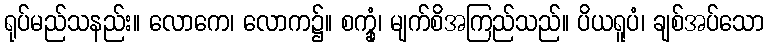
ရုပ်မည်သနည်း။ လောကေ၊ လောက၌။ စက္ခုံ၊ မျက်စိအကြည်သည်။ ပိယရူပံ၊ ချစ်အပ်သော